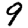
Digit: 9